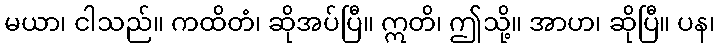
မယာ၊ ငါသည်။ ကထိတံ၊ ဆိုအပ်ပြီ။ ဣတိ၊ ဤသို့။ အာဟ၊ ဆိုပြီ။ ပန၊